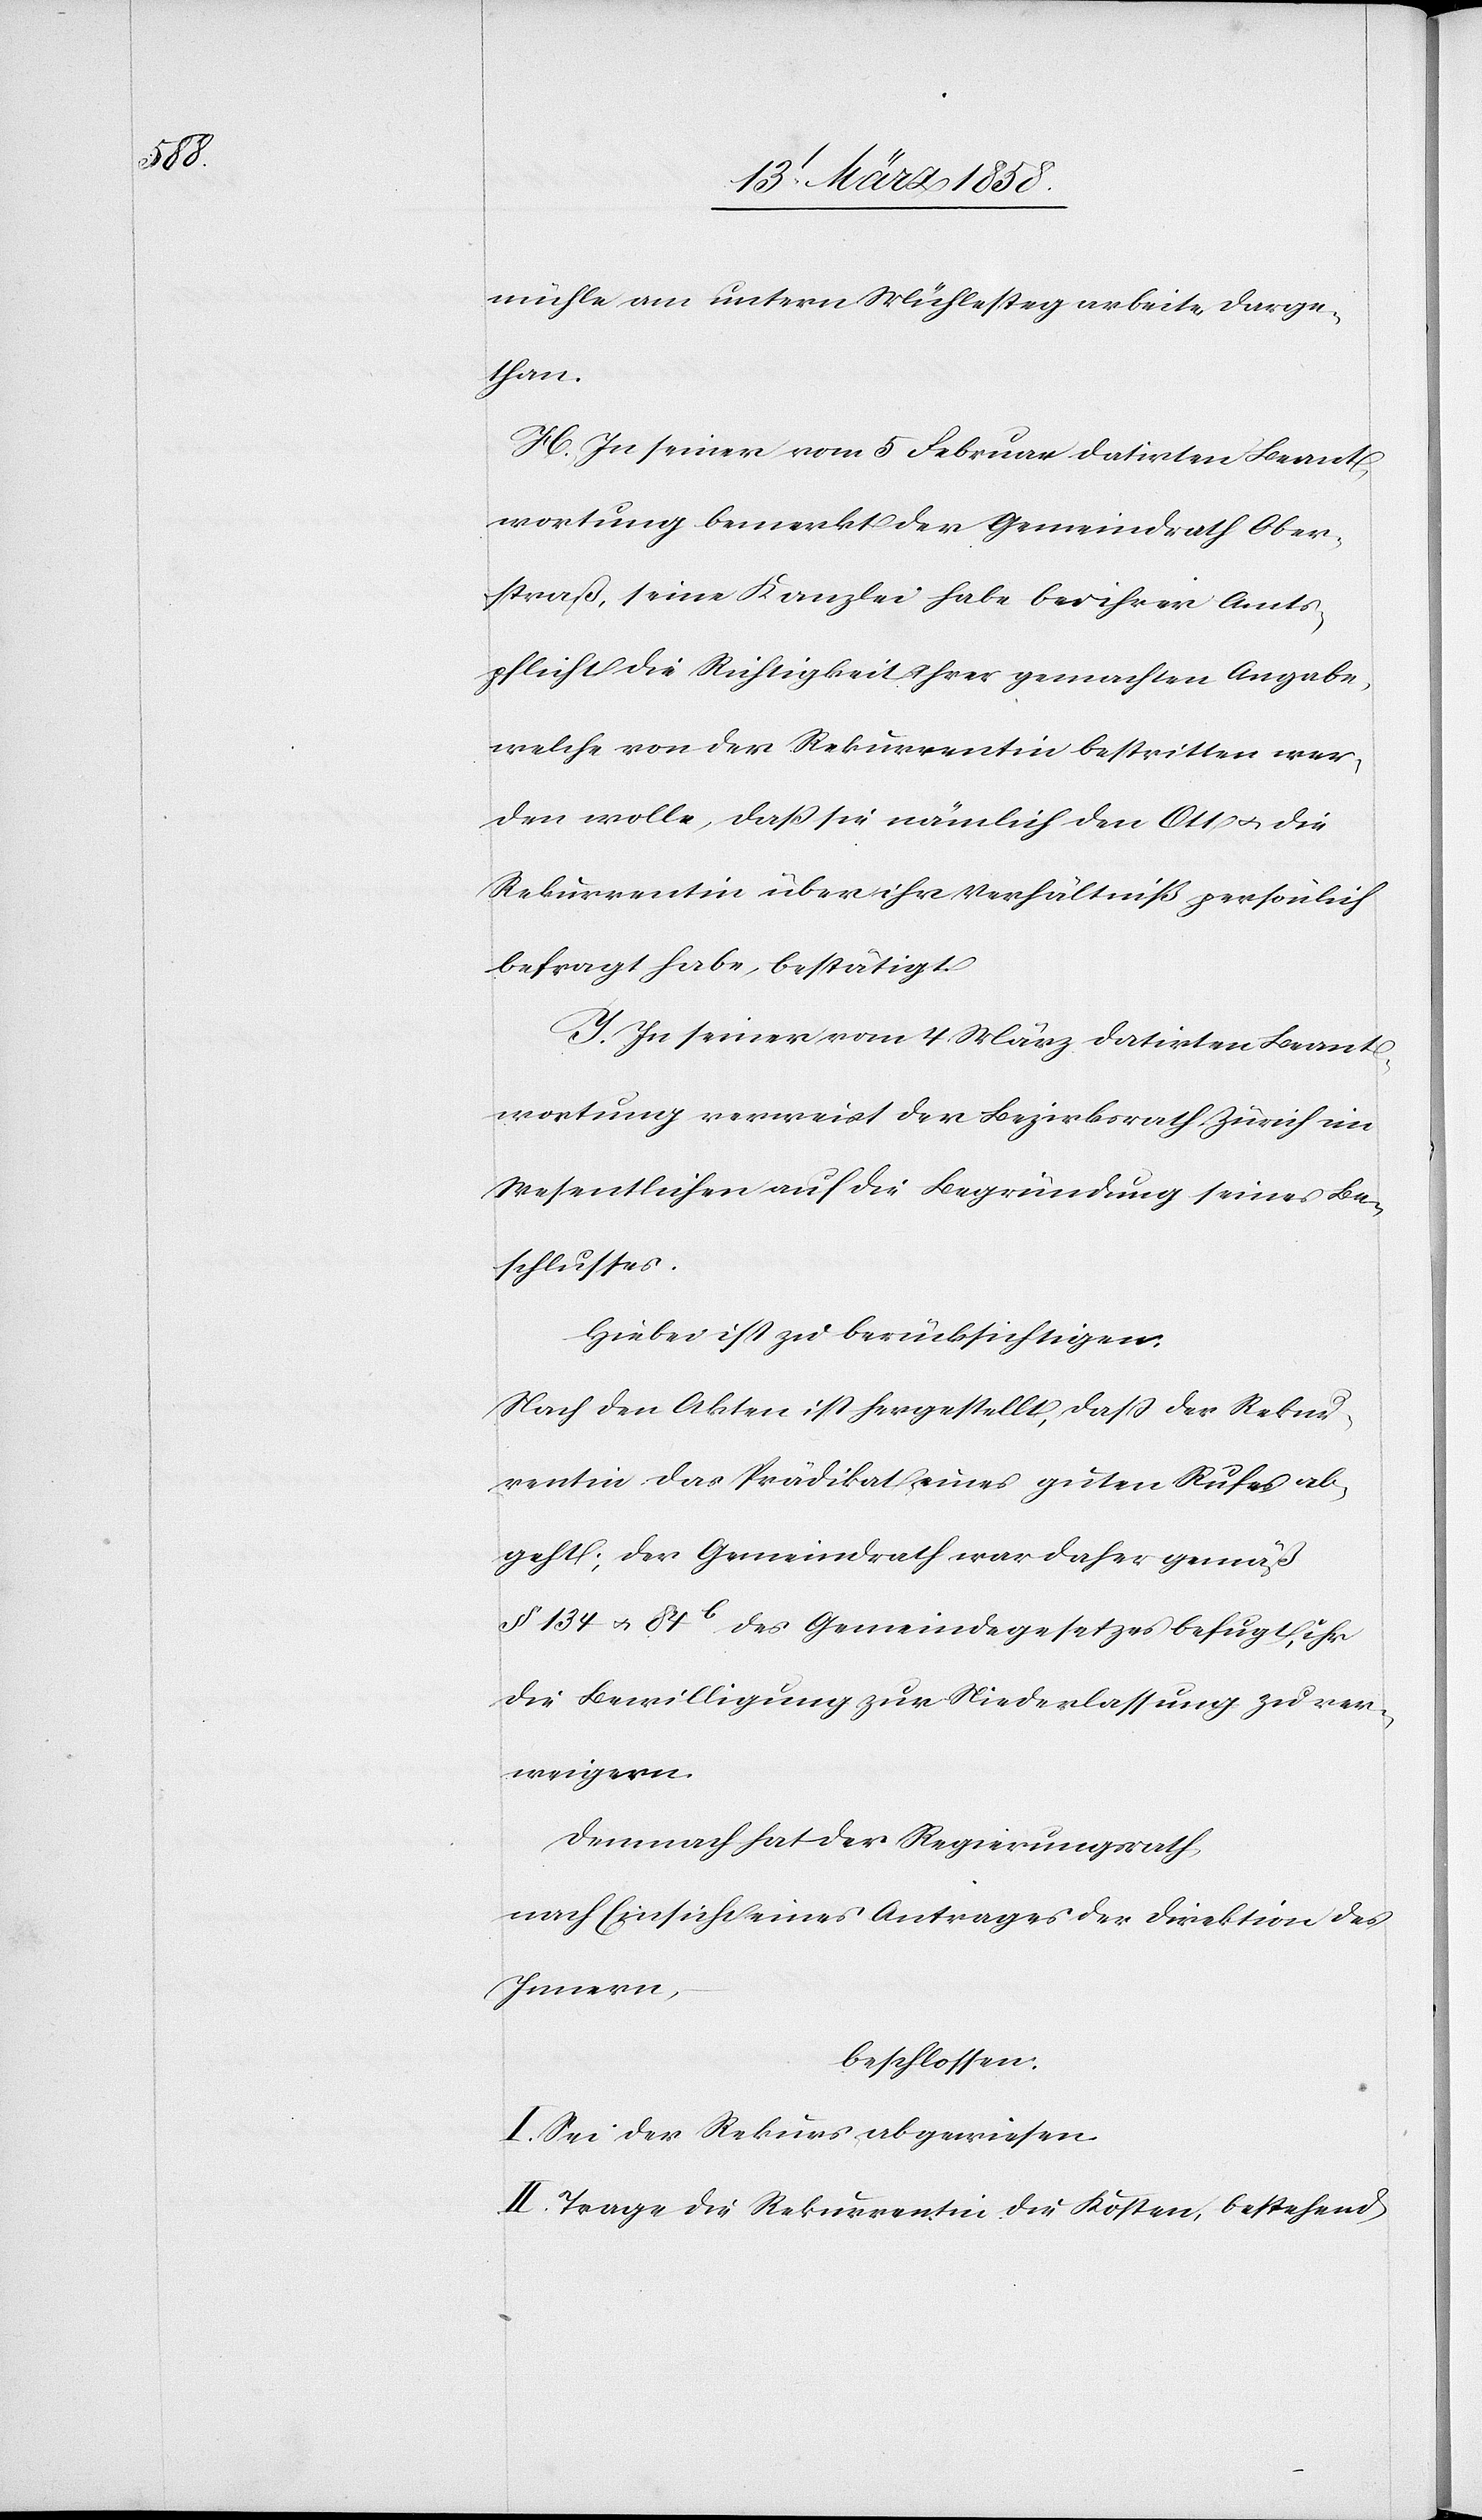
mühle am untern Mühlesteg arbeite darge¬
than.
H. In seiner vom 5. Februar datirten Beant¬
wortung bemerkt der Gemeindrath Ober¬
straß, seine Kanzlei habe bei ihrer Amts¬
pflicht die Richtigkeit ihrer gemachten Angaben,
welche von der Rekurrentin bestritten wer¬
den wolle, daß sie nämlich den Ott u. die
Rekurrentin über ihr Verhältniß persönlich
befragt habe, bestätigt.
I. In seiner vom 4. März datirten Beant¬
wortung verweist der Bezirksrath Zürich im
Wesentlichen auf die Begründung seines Be¬
schlusses.
Hiebei ist zu berücksichtigen.
Nach den Akten ist hergestellt, daß der Rekur¬
rentin das Prädikat eines guten Rufes ab¬
geht; der Gemeindrath war daher gemäß
§ 134 u. 84b des Gemeindegesetzes befugt, ihr
die Bewilligung zur Niederlassung zu ver¬
weigern.
Demnach hat der Regierungsrath
nach Einsicht eines Antrages der Direktion des
Innern,
beschlossen:
I. Sei der Rekurs abgewiesen.
II. Trage die Rekurrentin die Kosten, bestehend